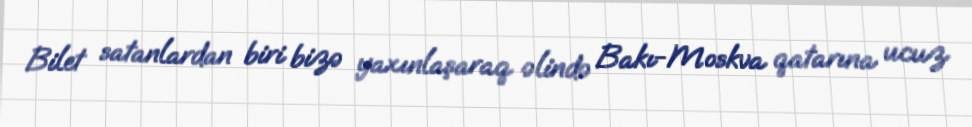
Bilet satanlardan biri bizə yaxınlaşaraq əlində Bakı-Moskva qatarına ucuz